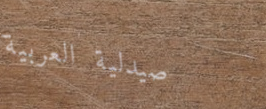
صيدلية العربية